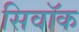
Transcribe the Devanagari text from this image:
सिवॉक